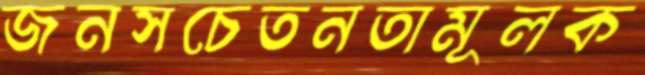
জনসচেতনতামূলক